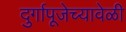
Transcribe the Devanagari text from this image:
दुर्गापूजेच्यावेळी